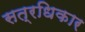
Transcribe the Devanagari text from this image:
सत्रधिकार